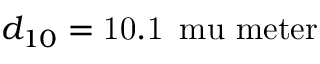
d _ { 1 0 } = \ensuremath { \mathrm { 1 0 . 1 } } \ensuremath { \, } \ensuremath { \mathrm { \ m u \ m e t e r } }